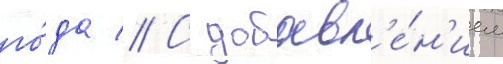
го́да // С добавл'е́н'ием